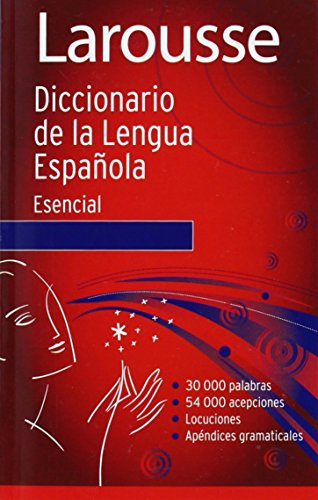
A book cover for Diccionario Esencial de la Lengua Espanola (Spanish Edition); Editors of Larousse (Mexico); Reference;